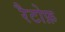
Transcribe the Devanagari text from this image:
रैटोफ़